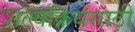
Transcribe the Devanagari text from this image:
शल्यक्रियेसाठी